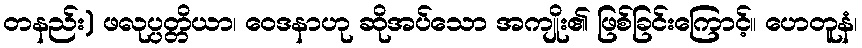
တနည်း) ဖလုပ္ပတ္တိယာ၊ ဝေဒနာဟု ဆိုအပ်သော အကျိုး၏ ဖြစ်ခြင်းကြောင့်။ ဟေတူနံ၊